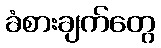
ခံစားချက်တွေ